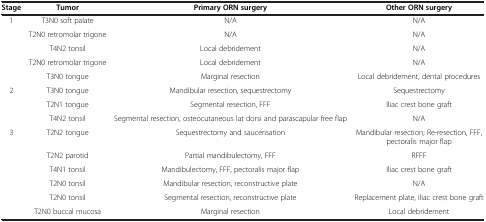
| Stage | Tumor | Primary ORN surgery | Other ORN surgery |
 | --- | --- | --- | --- |
 | <ROWSPAN=5> 1 | T3N0 soft palate | N/A | N/A |
 | T2N0 retromolar trigone | N/A | N/A |
 | T4N2 tonsil | Local debridement | N/A |
 | T2N0 retromolar trigone | Local debridement | N/A |
 | T3N0 tongue | Marginal resection | Local debridement, dental procedures |
 | <ROWSPAN=3> 2 | T3N0 tongue | Mandibular resection, sequestrectomy | Sequestrectomy |
 | T2N1 tongue | Segmental resection, FFF | Iliac crest bone graft |
 | T4N2 tonsil | Segmental resection, osteocutaneous lat dorsi and parascapular free flap | N/A |
 | <ROWSPAN=5> 3 | T2N2 tongue | Sequestrectomy and saucerisation | Mandibular resection; Re-resection, FFF, pectoralis major flap |
 | T2N2 parotid | Partial mandibulectomy, FFF | RFFF |
 | T4N1 tonsil | Mandibulectomy, FFF, pectoralis major flap | Iliac crest bone graft |
 | T2N0 tonsil | Mandibular resection, reconstructive plate | N/A |
 | T2N0 tonsil | Segmental resection, reconstructive plate | Replacement plate, iliac crest bone graft |
 |  | T2N0 buccal mucosa | Marginal resection | Local debridement |